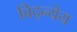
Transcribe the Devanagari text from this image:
विद्न्येय